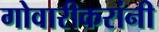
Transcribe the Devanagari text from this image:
गोवारीकरांनी